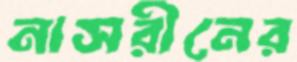
নাসরীনের